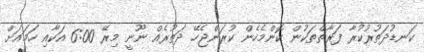
ކަނޑުދަތުރުކުރާ ފަރާތްތަކުން ކޮންމެހެން ކުރަންޖެހޭ ދަތުރެއް ނޫނީ މިރޭ 6:00 އަކާއި ހަމައަށް